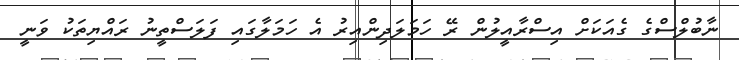
ނާބުލްސްގެ ގެއަކަށް އިސްރާއީލުން ރޭ ހަމަލަދިންއިރު އެ ހަމަލާގައި ފަލަސްތީނު ރައްޔިތަކު ވަނީ